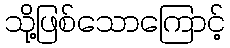
သို့ဖြစ်သောကြောင့်